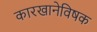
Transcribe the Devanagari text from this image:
कारखानेविषक